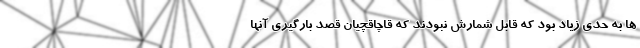
ها به حدی زیاد بود که قابل شمارش نبودند که قاچاقچیان قصد بارگیری آنها